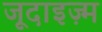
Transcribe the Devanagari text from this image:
जूदाइज़्म